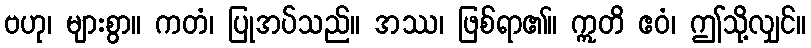
ဗဟု၊ များစွာ။ ကတံ၊ ပြုအပ်သည်။ အဿ၊ ဖြစ်ရာ၏။ ဣတိ ဧဝံ၊ ဤသို့လျှင်။